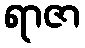
ရာဇာ